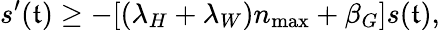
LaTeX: s^{\prime}(\mathfrak{t})\geq-[(\lambda_{H}+\lambda_{W})n_{\operatorname*{max}}+\beta_{G}]s(\mathfrak{t}),